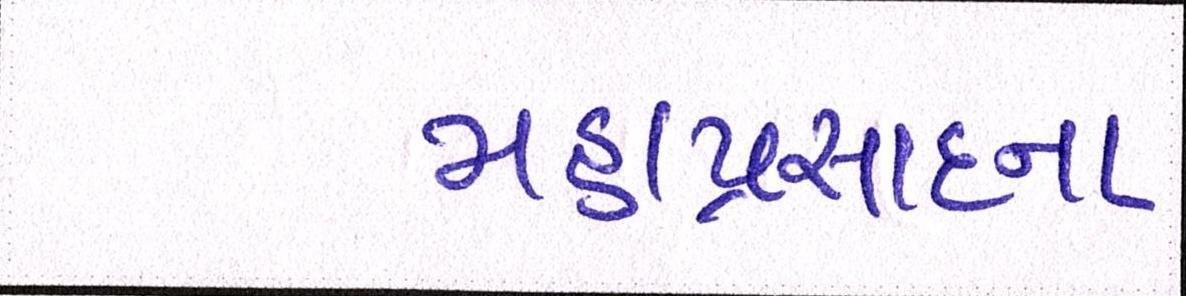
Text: મહાપ્રસાદના